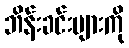
ဘိန်းခင်းများကို